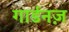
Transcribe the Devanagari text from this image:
गार्डनज़